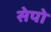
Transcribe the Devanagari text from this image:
सेपो